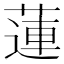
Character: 蓮